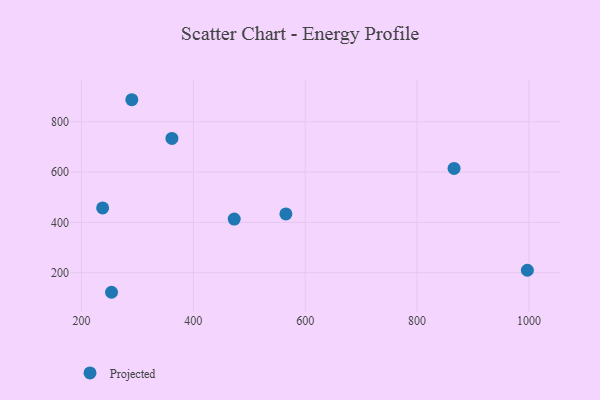
{"axis": {"x": "Distance", "y": "Salary"}, "legend": ["Projected"], "data": [{"x": "565.5", "y": 433.8, "type": "Projected"}, {"x": "866.2", "y": 614.8, "type": "Projected"}, {"x": "473.1", "y": 413.2, "type": "Projected"}, {"x": "253.7", "y": 122.3, "type": "Projected"}, {"x": "290.0", "y": 887.7, "type": "Projected"}, {"x": "237.8", "y": 457.4, "type": "Projected"}, {"x": "997.3", "y": 209.8, "type": "Projected"}, {"x": "361.7", "y": 733.7, "type": "Projected"}]}